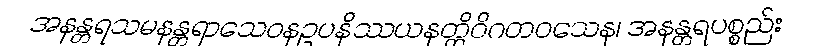
အနန္တရသမနန္တရာသေဝနဥပနိဿယနတ္ထိဝိဂတဝသေန၊ အနန္တရပစ္စည်း